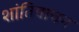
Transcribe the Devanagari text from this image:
शांतिवाचन